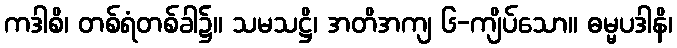
ကဒါစိ၊ တစ်ရံတစ်ခါ၌။ သမသဋ္ဌိ၊ အတိအကျ ၆-ကျိပ်သော။ ဓမ္မပဒါနိ၊